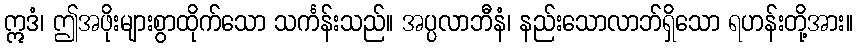
ဣဒံ၊ ဤအဖိုးများစွာထိုက်သော သင်္ကန်းသည်။ အပ္ပလာဘီနံ၊ နည်းသောလာဘ်ရှိသော ရဟန်းတို့အား။